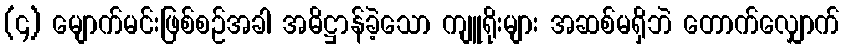
(၄) မျောက်မင်းဖြစ်စဉ်အခါ အဓိဋ္ဌာန်ခဲ့သော ကျူရိုးများ အဆစ်မရှိဘဲ တောက်လျှောက်